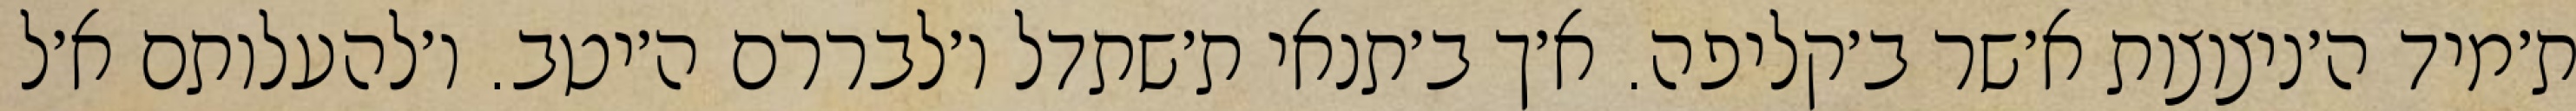
ת׳מיד ה׳ניצוצות א׳שר ב׳קליפה. א׳ך ב׳תנאי ת׳שתדל ו׳לבררם ה׳יטב. ו׳להעלותם א׳ל